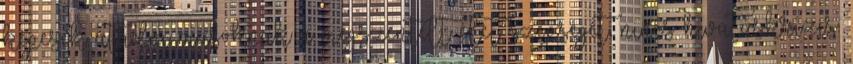
képesek átadni másoknak a megszentelt élet szépségét, nincs hivatáskrízis.